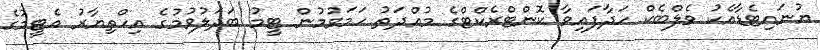
ޔުނައިޓެޑާއެކު ވެލްބެކް ހަދާފައިވާ ކޮންޓްރެކްޓްގެ މުއްދަތު ހަމަވުމުން ޓީމު ބަދަލުވުމުގެ އިހްތިޔާރު އެޓީމުގެ